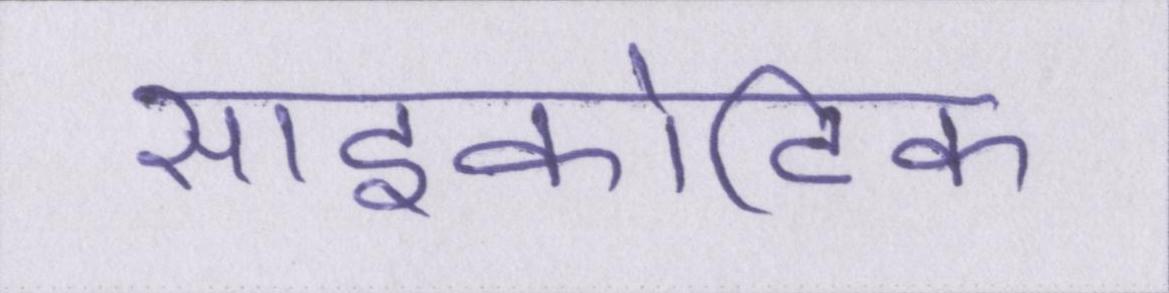
साइकोटिक